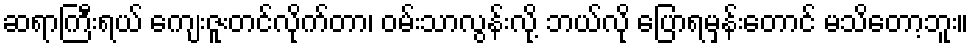
ဆရာကြီးရယ် ကျေးဇူးတင်လိုက်တာ၊ ဝမ်းသာလွန်းလို့ ဘယ်လို ပြောရမှန်းတောင် မသိတော့ဘူး။